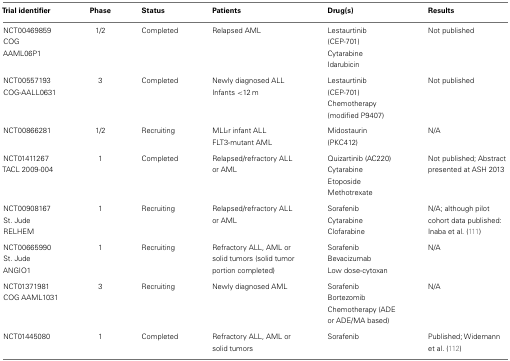
<table><thead><tr><td><b>Trial identifier</b></td><td><b>Phase</b></td><td><b>Status</b></td><td><b>Patients</b></td><td><b>Drug(s)</b></td><td><b>Results</b></td></tr></thead><tbody><tr><td>NCT00469859 COG AAML06P1</td><td>1/2</td><td>Completed</td><td>Relapsed AML</td><td>Lestaurtinib (CEP-701) Cytarabine Idarubicin</td><td>Not published</td></tr><tr><td>NCT00557193 COG-AALL0631</td><td>3</td><td>Completed</td><td>Newly diagnosed ALL Infants &lt;12 m</td><td>Lestaurtinib (CEP-701) Chemotherapy (modified P9407)</td><td>Not published</td></tr><tr><td>NCT00866281</td><td>1/2</td><td>Recruiting</td><td>MLL-r infant ALL FLT3-mutant AML</td><td>Midostaurin (PKC412)</td><td>N/A</td></tr><tr><td>NCT01411267 TACL 2009-004</td><td>1</td><td>Completed</td><td>Relapsed/refractory ALL or AML</td><td>Quizartinib (AC220) Cytarabine Etoposide Methotrexate</td><td>Not published; Abstract presented at ASH 2013</td></tr><tr><td>NCT00908167 St. Jude RELHEM</td><td>1</td><td>Recruiting</td><td>Relapsed/refractory ALL or AML</td><td>Sorafenib Cytarabine Clofarabine</td><td>N/A; although pilot cohort data published: Inaba et al. (111)</td></tr><tr><td>NCT00665990 St. Jude ANGIO1</td><td>1</td><td>Recruiting</td><td>Refractory ALL, AML or solid tumors (solid tumor portion completed)</td><td>Sorafenib Bevacizumab Low dose-cytoxan</td><td>N/A</td></tr><tr><td>NCT01371981 COG AAML1031</td><td>3</td><td>Recruiting</td><td>Newly diagnosed AML</td><td>Sorafenib Bortezomib Chemotherapy (ADE or ADE/MA based)</td><td>N/A</td></tr><tr><td>NCT01445080</td><td>1</td><td>Completed</td><td>Refractory ALL, AML or solid tumors</td><td>Sorafenib</td><td>Published; Widemann et al. (112)</td></tr></tbody></table>